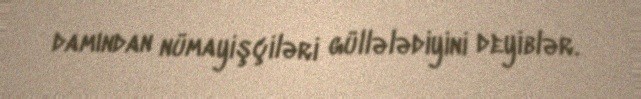
damından nümayişçiləri güllələdiyini deyiblər.